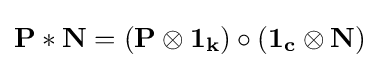
\mathbf {P} \ast \mathbf {N} =(\mathbf {P} \otimes \mathbf {1_{k}} )\circ (\mathbf {1_{c}} \otimes \mathbf {N} )